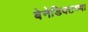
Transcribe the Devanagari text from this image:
बेनेडिक्टच्या